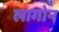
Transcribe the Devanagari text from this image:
लागोन